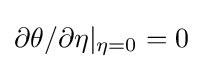
\partial \theta /\partial \eta |_{\eta =0}=0